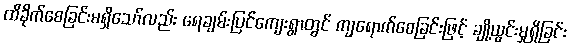
ထိခိုက်စေခြင်းမရှိသော်လည်း ရေချမ်းပြင်ကျေးရွာတွင် ကျရောက်စေခြင်းဖြင့် ချို့ယွင်းမှုရှိခြင်း